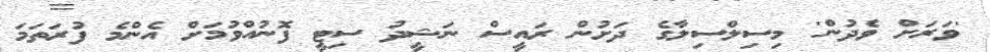
'ވަރަށް ވެދުން' މިސިލްސިލާގެ ދަށުން ރައީސް ނަޝީދު ސިޓީ ފޮނުއްވުމަށް އެންމެ ފުރަތަމަ